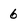
Character: 6